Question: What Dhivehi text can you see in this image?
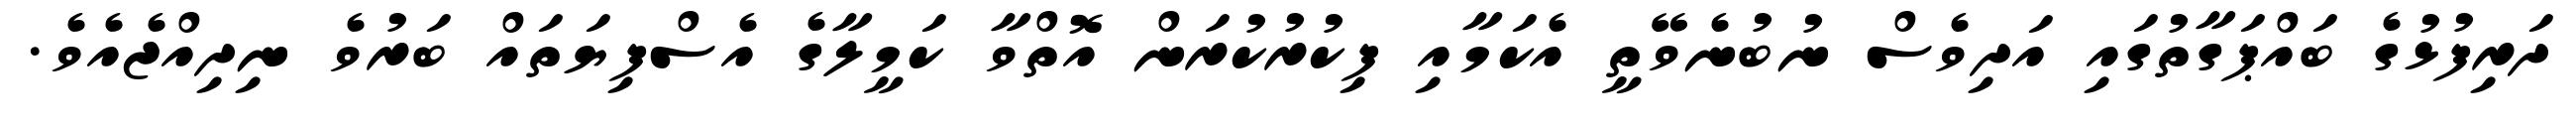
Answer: ދަރިފުޅުގެ ބައްޕަގާތުގައި އަދިވެސް ނުބުނެވޭތީ އެކަމާއި ފިކުރުކުރަން އޮތްވާ ކަމީލާގެ އެސްފިޔަތައް ބަރުވެ ނިދިއްޖެއެވެ.